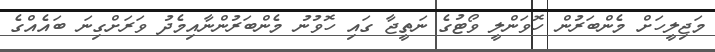
މަޖިލީހަށް މެންބަރުން ހޮވަންލީ ވޯޓުގެ ނަތީޖާ ގައި ހޮވުނު މެންބަރުންނާއިމެދު ވަރަށްގިނަ ބައެއްގެ